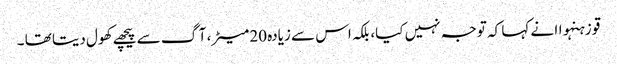
قو زہنہواا نے کہا کہ توجہ نہیں کیا، بلکہ اس سے زیادہ 20 میٹر، آگ سے پیچھے کھول دیتا تھا ۔